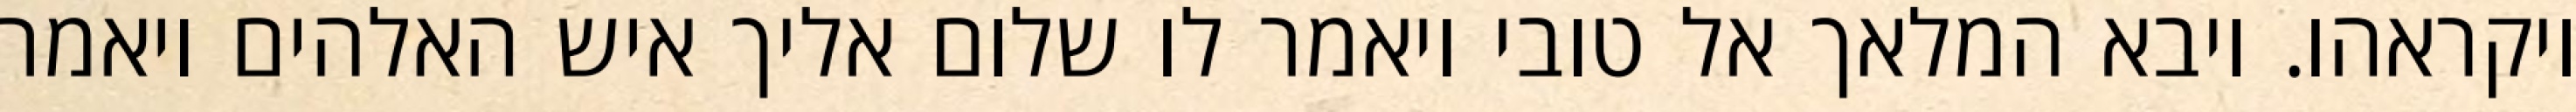
ויקראהו. ויבא המלאך אל טובי ויאמר לו שלום אליך איש האלהים ויאמר